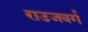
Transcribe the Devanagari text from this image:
राउजवर्ग